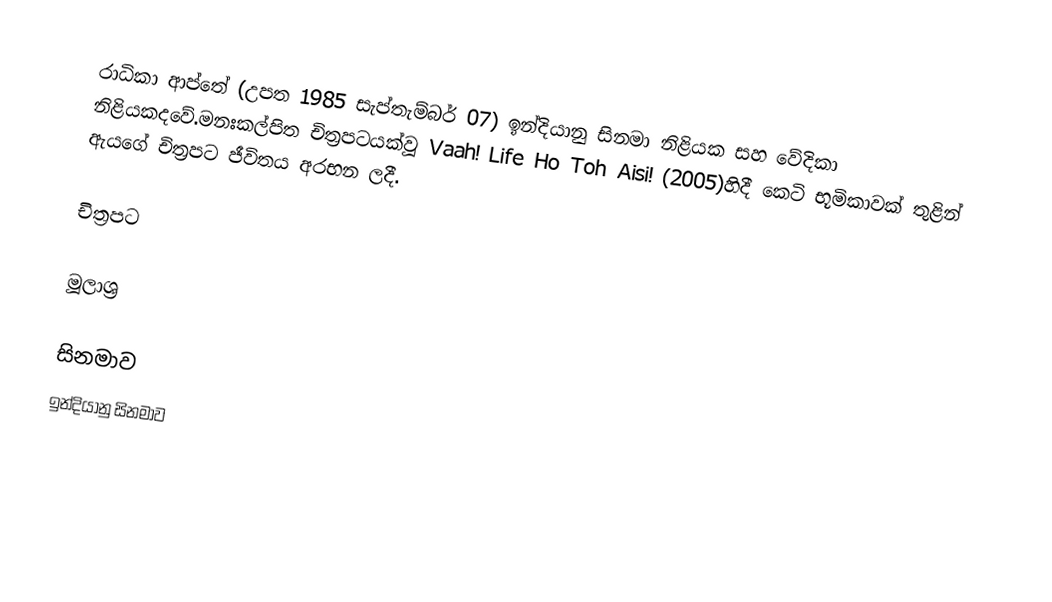
රාධිකා ආප්තේ (උපත 1985 සැප්තැම්බර් 07) ඉන්දියානු සිනමා නිළියක සහ වේදිකා නිළියකදවේ.මනඃකල්පිත චිත්‍රපටයක්වූ Vaah! Life Ho Toh Aisi! (2005)හිදී කෙටි භූමිකාවක් තුළින් ඇයගේ චිත්‍රපට ජීවිතය අරභන ලදී.

චිත්‍රපට

මූලාශ්‍ර

සිනමාව
ඉන්දියානු සිනමාව